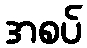
အစပ်